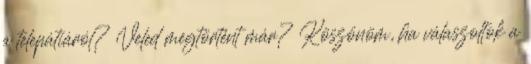
a telepátiáról? Veled megtörtént már? Köszönöm, ha válaszoltok a